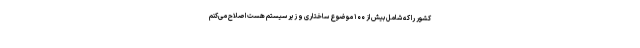
کشور را که شامل بیش از ۱۰۰ موضوع ساختاری و زیر سیستم هست اصلاح می‌کنم